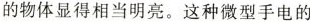
的物体显得相当明亮。这种微型手电的